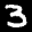
Label: 3